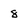
Character: 8